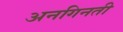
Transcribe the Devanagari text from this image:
अनगिनती